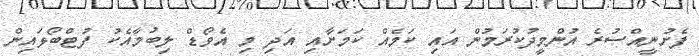
ފެށުނީއްސުރެ އުންމީދުކުރަމުން އައި ކަމެއް ކަމަށާއި އަދި މި އެވޯޑް ލިބުމާއެކު ފުޓްބޯޅައިން